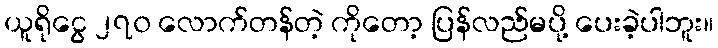
ယူရိုငွေ ၂၇၀ လောက်တန်တဲ့ ကိုတော့ ပြန်လည်မပို့ ပေးခဲ့ပါဘူး။